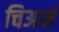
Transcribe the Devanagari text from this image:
चिअर्स